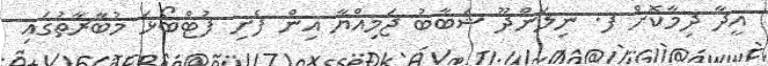
އީދާ ދިމާކޮށް ފ. ނިލަންދޫ ޝަބާބު ޖަމިއްޔާ އިން ފެށި ފުޓްބޯޅަ މުބާރާތުގައި